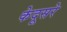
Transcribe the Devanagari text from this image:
केदूसरे